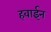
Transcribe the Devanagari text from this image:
हवाईन